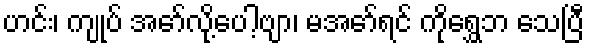
ဟင်း၊ ကျုပ် အော်လို့ပေါ့ဗျာ၊ မအော်ရင် ကိုရွှေဘ သေပြီ